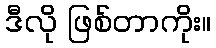
ဒီလို ဖြစ်တာကိုး။